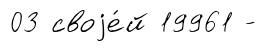
03 своjе́й 19961 -